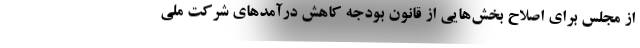
از مجلس برای اصلاح بخش‌هایی از قانون بودجه کاهش درآمدهای شرکت ملی